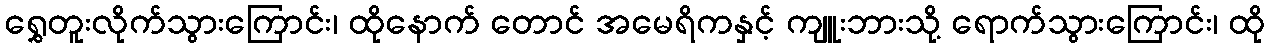
ရွှေတူးလိုက်သွားကြောင်း၊ ထိုနောက် တောင် အမေရိကနှင့် ကျူးဘားသို့ ရောက်သွားကြောင်း၊ ထို